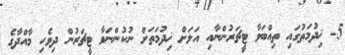
5- ޚިދުމަތުގައި ތިއްބަވާ ޓީޗަރުންނާއި އަލަށް ޚިދުމަތަށް ނުކުންނަވާ ޓީޗަރުން ދިވެހި މާއްދާގެ